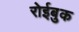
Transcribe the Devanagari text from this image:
रोईबुक